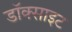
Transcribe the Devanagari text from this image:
डॉक्साइट